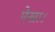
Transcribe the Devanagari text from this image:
पेखा।